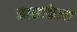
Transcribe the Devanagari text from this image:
कासाकेला